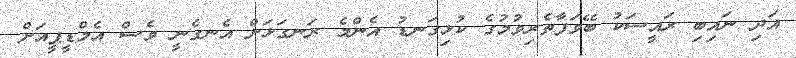
އަދި ނައިބި ރައީސަކު ބޭވަފާތެރިވުމުގެ ކުޅިގަނޑު އެންމެ ރަނގަޅަށް އެނގެނީ ވެސް އެމްޑީޕީއަށް